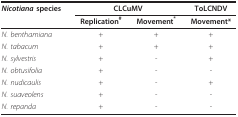
<table><thead><tr><td><b><i>Nicotiana </i>species</b></td><td colspan="2"><b>CLCuMV</b></td><td><b>ToLCNDV</b></td></tr><tr><td></td><td><b>Replication<sup>#</sup></b></td><td><b>Movement<sup>*</sup></b></td><td><b>Movement*</b></td></tr></thead><tbody><tr><td><i>N. benthamiana</i></td><td>+</td><td>+</td><td>+</td></tr><tr><td><i>N. tabacum</i></td><td>+</td><td>+</td><td>+</td></tr><tr><td><i>N. sylvestris</i></td><td>+</td><td>-</td><td>+</td></tr><tr><td><i>N. obtusifolia</i></td><td>+</td><td>-</td><td>-</td></tr><tr><td><i>N. nudicaulis</i></td><td>+</td><td>-</td><td>+</td></tr><tr><td><i>N. suaveolens</i></td><td>+</td><td>-</td><td>-</td></tr><tr><td><i>N. repanda</i></td><td>+</td><td>-</td><td>-</td></tr></tbody></table>